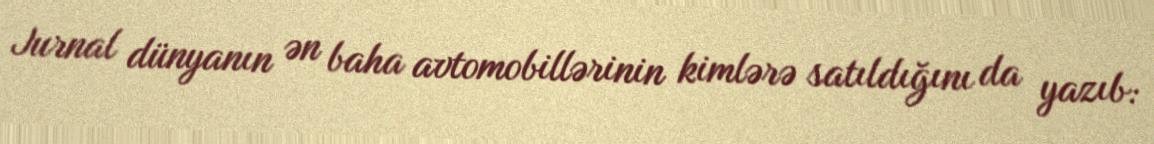
Jurnal dünyanın ən baha avtomobillərinin kimlərə satıldığını da yazıb: